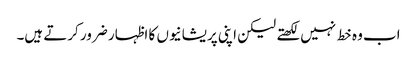
اب وہ خط نہیں لکھتے لیکن اپنی پریشانیوں کا اظہار ضرور کرتے ہیں۔